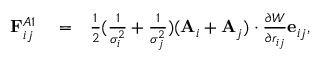
\begin{array} { r l r } { \mathbf { F } _ { i j } ^ { A 1 } } & { { } = } & { \frac { 1 } { 2 } ( \frac { 1 } { \sigma _ { i } ^ { 2 } } + \frac { 1 } { \sigma _ { j } ^ { 2 } } ) ( \mathbf { A } _ { i } + \mathbf { A } _ { j } ) \cdot \frac { \partial { W } } { \partial { r _ { i j } } } \mathbf { e } _ { i j } , } \end{array}